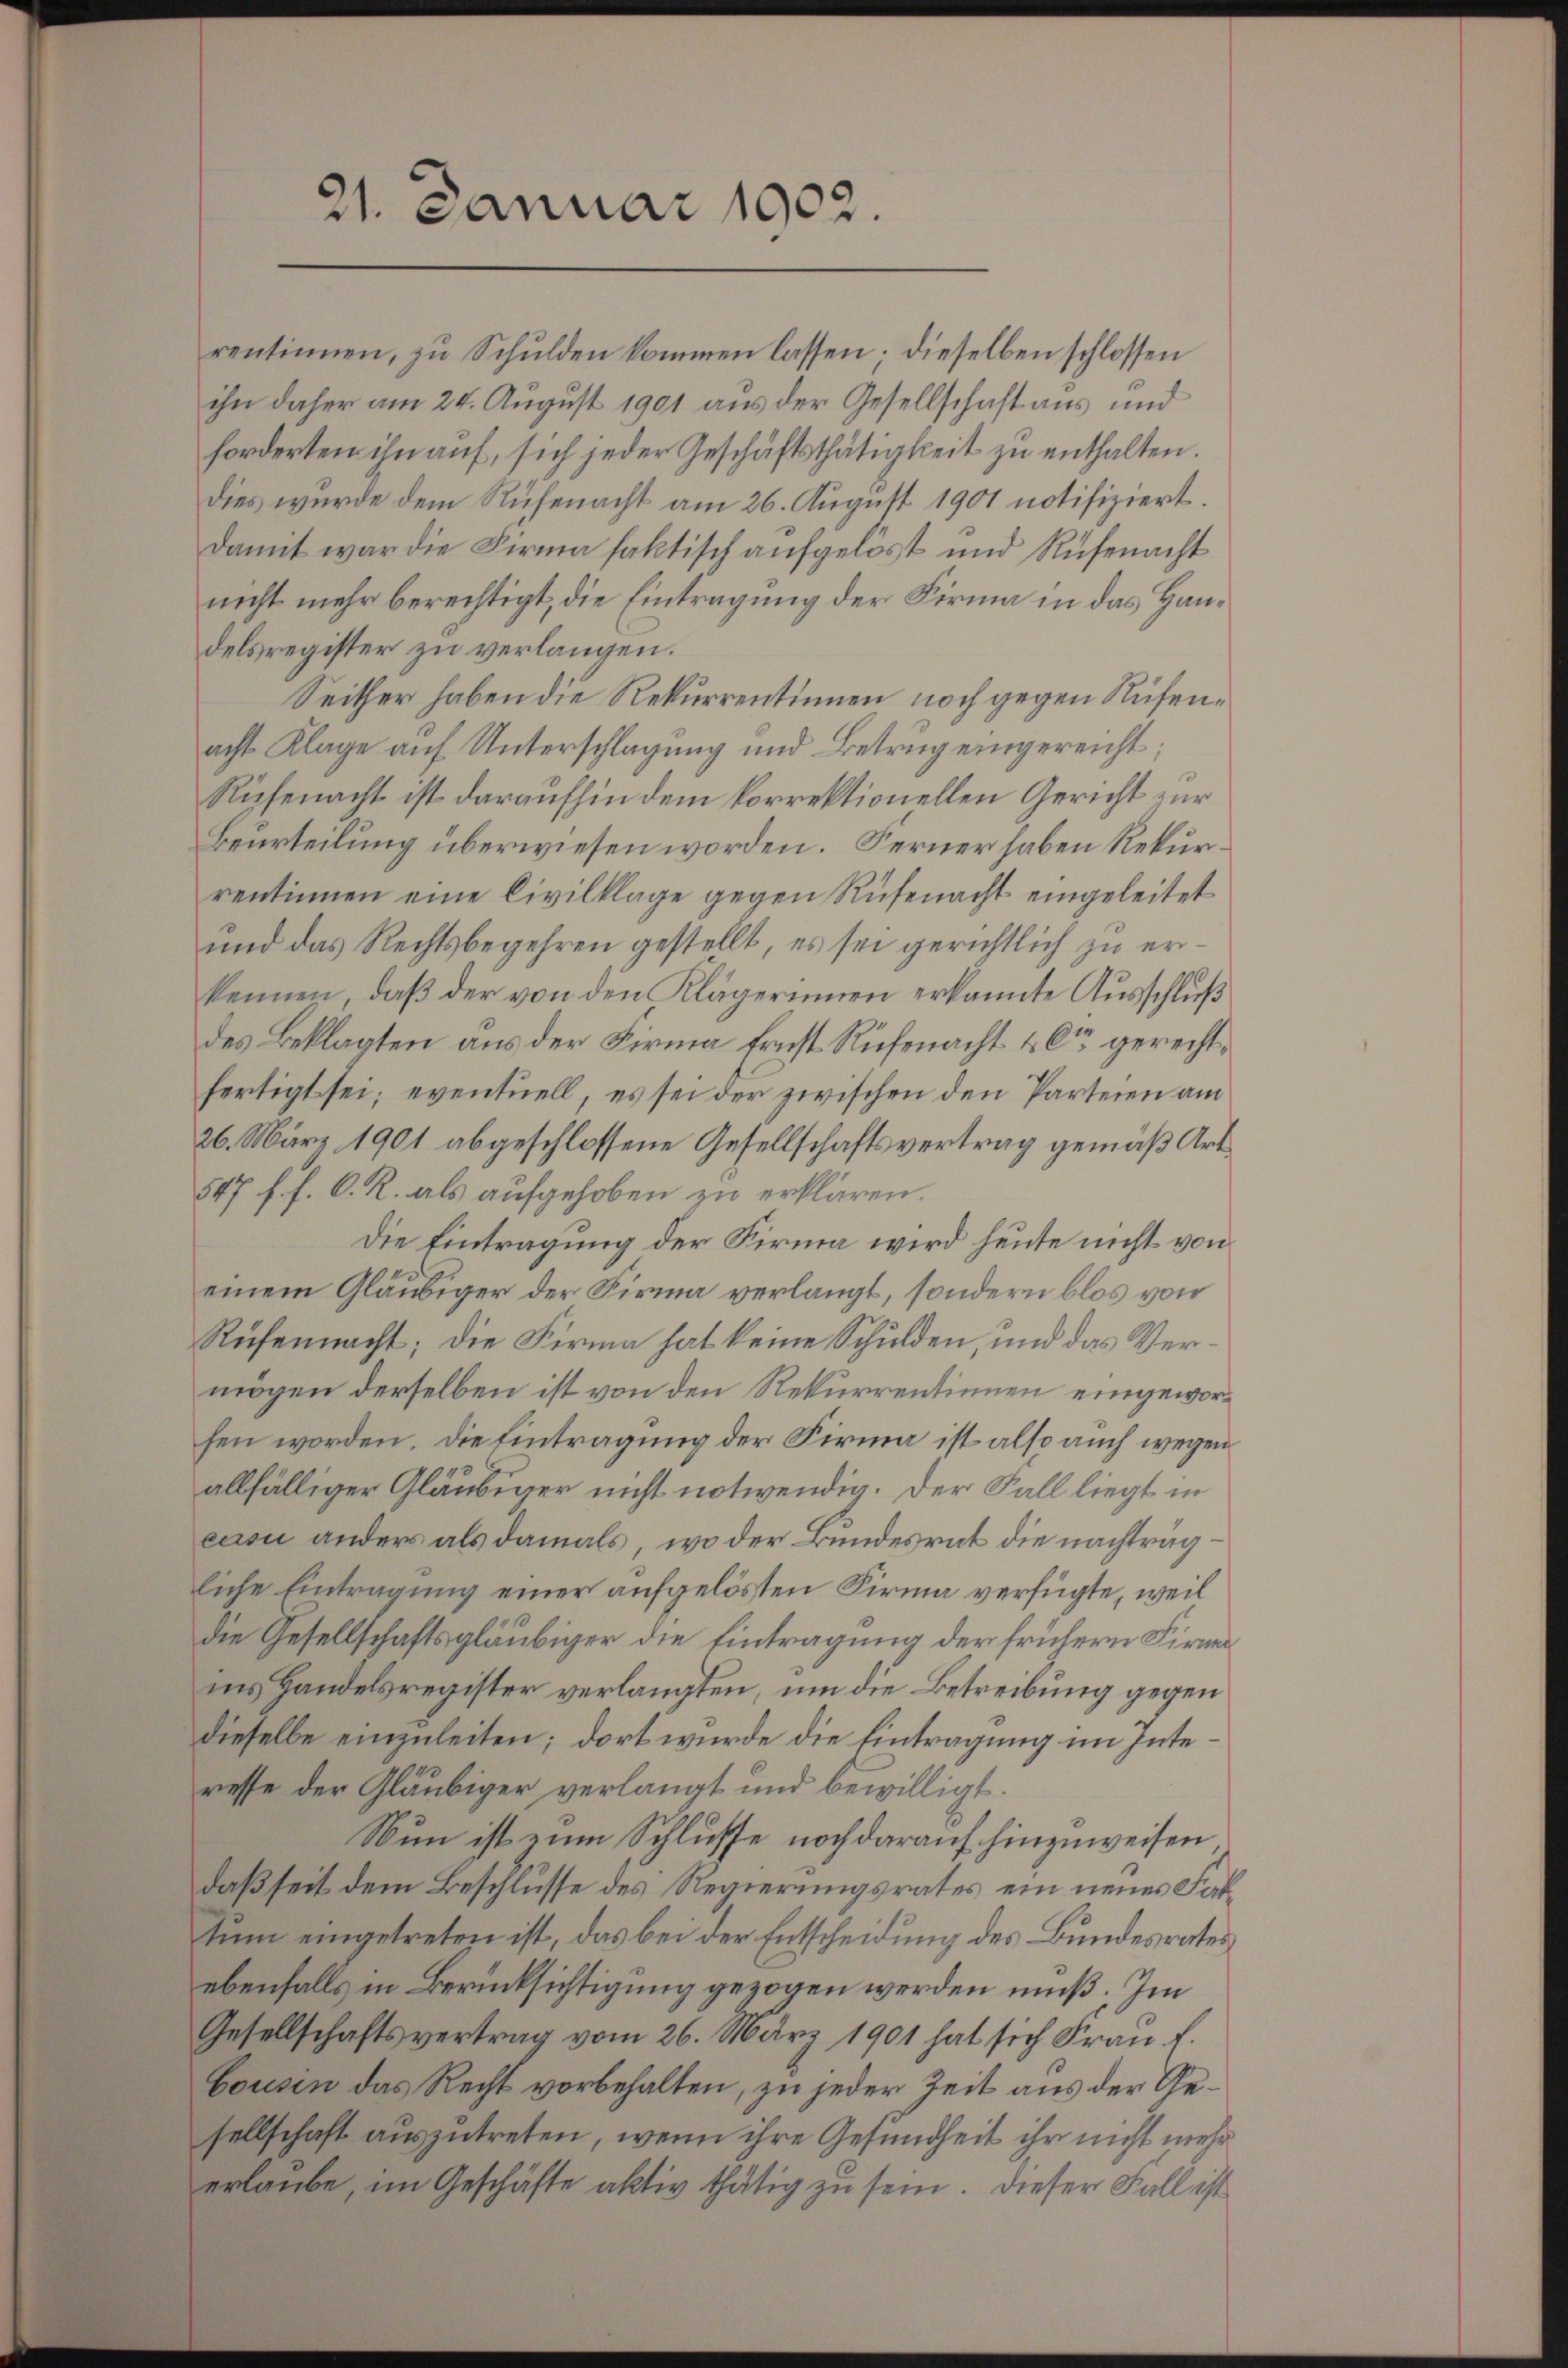
21. Januar 1902.

rentinnen, zu Schulden kommen lassen. Dieselben schlossen
ihn daher am 24. August 1901 aus der Gesellschaft aus und
forderten ihn auf, sich jeder Geschäftsthätigkeit zu enthalten.
dies wurde dem Rufenacht am 26. August 1901 notifiziert.
damit war die Firma faktisch aufgelöst und Rüfenacht
nicht mehr berechtigt, die Eintragung der Firma in das Handelsregister zu verlangen.
Seither haben die Rekurrentinnen noch gegen Rufenacht Klage auf Unterschlagung und Betrug eingereicht;
Rüfenacht ist daraufhin dem korrektionellen Gericht zur
Beurteilung überwiesen worden. Ferner haben Rekurrentinnen eine Civilklage gegen Rüfenacht eingeleitet
und das Rechtsbegehren gestellt, es sei gerichtlich zu erkennen, daβ der von den Klägerinnen erkannte Ausschluß
des Beklagten aus der Firma Ernst Rüfenacht & Cie gerechtfertigt sei; eventuell, es sei der zwischen den Parteien am
26. März 1901 abgeschlossene Gesellschaftsvertrag gemäß Art.
547 f. f. C. R. als aufgehoben zu erklären.
Die Eintragung der Firma wird heute nicht von
einem Gläubiger der Firma verlangt, sondern blos von
Rufenmacht; die Firma hat keine Schulden, und das Vermögen derselben ist von den Rekurrentinnen eingeworfen worden. Die Eintragung der Firma ist also auch wegen
allfälliger Gläubiger nicht notwendig. Der Fall liegt in
cusi anders als damals, wo der Bundesrat die nachträgliche Eintragung einer aufgelösten Firma verfügte, weil
die Gesellschaftsgläubiger die Eintragung der frühern Firm
ins Handelsregister verlangten, um die Betreibung gegen
dieselbe einzuleiten; dort wurde die Eintragung im Interesse der Gläubiger verlangt und bewilligt.
Nun ist zum Schlusse noch darauf hinzuweisen
daßseit dem Beschlusse des Regierungsrates ein neues Faltum eingetreten ist, das bei der Entscheidung des Bundesrates
ebenfalls in Berücksichtigung gezogen werden muß. Im
Gesellschaftsvertrag vom 26. März 1901 hat sich Frau f.
bousen das Recht vorbehalten, zu jeder Zeit aus der Gesellschaft auszutreten, wenn ihre Gesundheit ihr nicht mehr
erlaube, im Geschäfte aktiv thätig zu sein. Dieser Fall ist